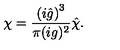
\chi = \frac { \left( i { \hat { g } } \right) ^ { 3 } } { \pi ( i g ) ^ { 2 } } { \hat { \chi } } .